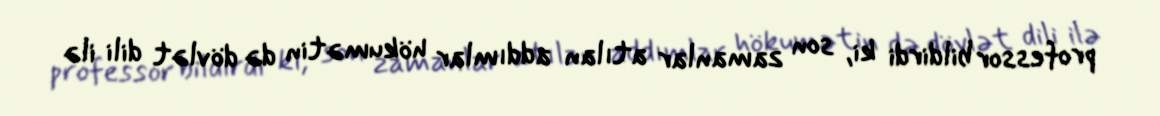
professor bildirdi ki, son zamanlar atılan addımlar hökumətin də dövlət dili ilə